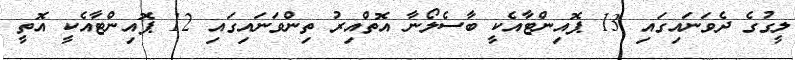
ލީގުގެ ދެވަނައިގައި 13 ޕޮއިންޓާއެކީ ބާސެލޯނާ އޮތްއިރު ތިންވަނައިގައި 12 ޕޮއިންޓާއެކީ އޮތީ